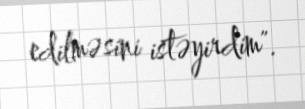
edilməsini istəyirdim".